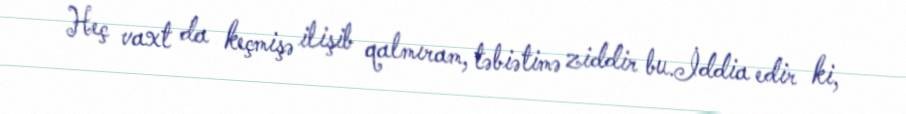
Heç vaxt da keçmişə ilişib qalmıram, təbiətimə ziddir bu.İddia edir ki,